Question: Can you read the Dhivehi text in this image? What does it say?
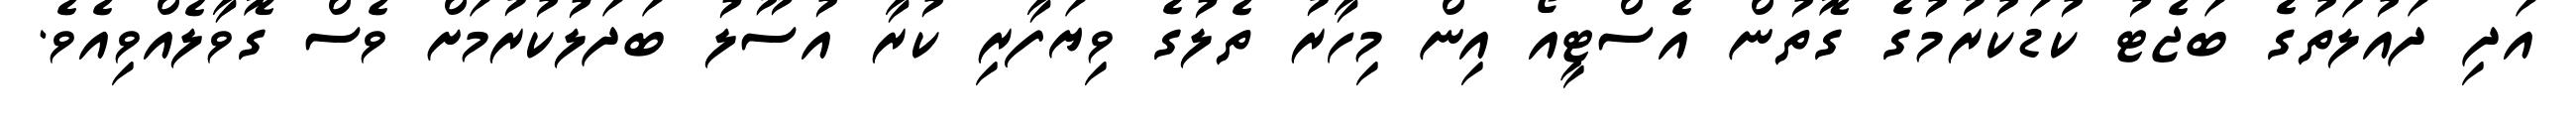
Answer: އަދި ދައުލަތުގެ ބަޖެޓު ކުޑަކުރުމުގެ ގޮތުން އެސްޓީއޯ އިން މިހާރު ތެލުގެ ވިޔަފާރި ކުރާ އުސޫލު ބަދަލުކުރުމަށް ވެސް ގޮވާލެއްވިއެވެ.